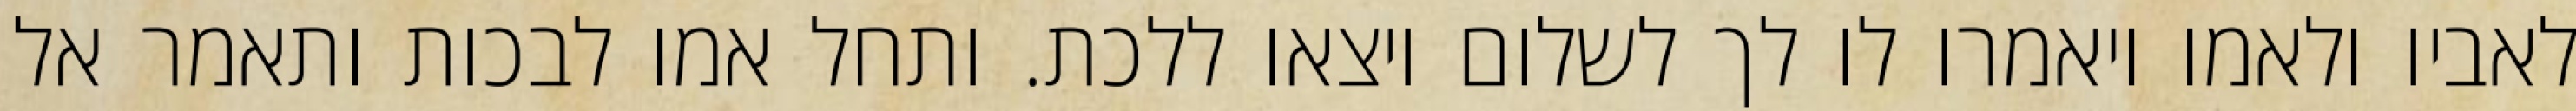
לאביו ולאמו ויאמרו לו לך לשלום ויצאו ללכת. ותחל אמו לבכות ותאמר אל